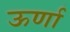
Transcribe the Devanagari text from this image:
ऊर्णा